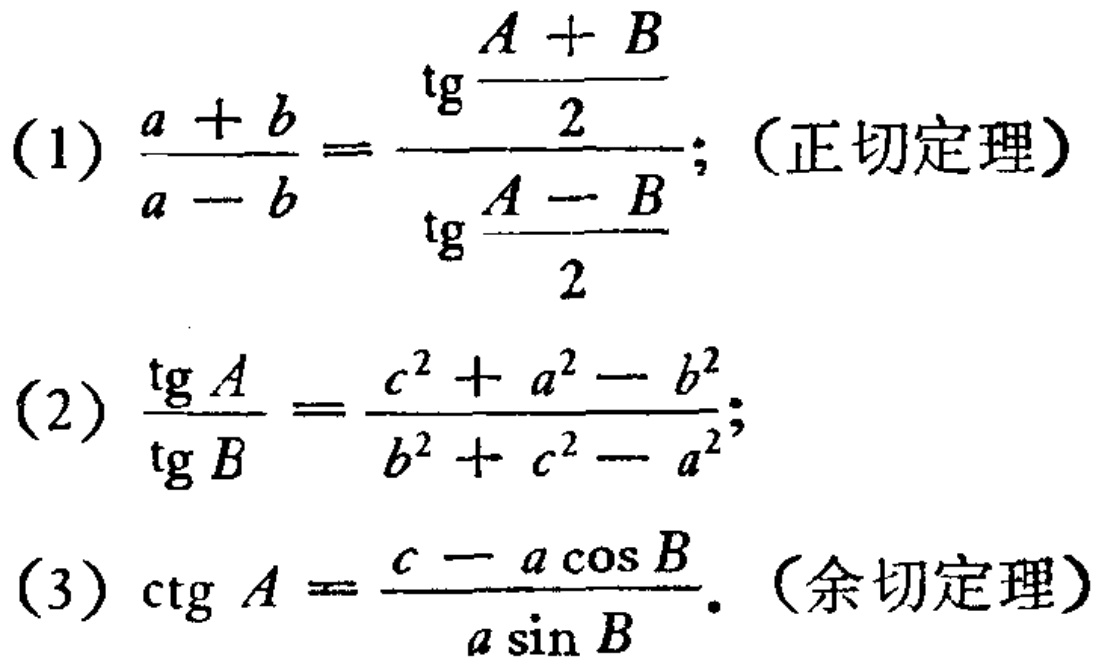
(1) $\frac{a + b}{a - b}=\frac{\text{tg}\frac{A + B}{2}}{\text{tg}\frac{A - B}{2}}$; （正切定理）
(2) $\frac{\text{tg}A}{\text{tg}B}=\frac{c^{2}+a^{2}-b^{2}}{b^{2}+c^{2}-a^{2}}$;
(3) $\text{ctg}A=\frac{c - a\cos B}{a\sin B}$. （余切定理）